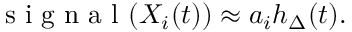
\mathrm { ~ s ~ i ~ g ~ n ~ a ~ l ~ } ( X _ { i } ( t ) ) \approx a _ { i } h _ { \Delta } ( t ) .